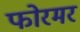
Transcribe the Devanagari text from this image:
फोरमर